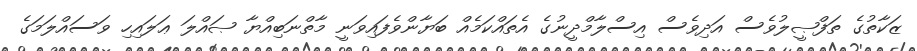
ޒަކާތުގެ ތަފްޞީލުވެސް އަދިވެސް އިސްލާމްދީނުގެ އެތައްކަމެއް ބަޔާންވެފައިވަނީ މާތްނަބިއްޔާ ޞައްލަ ޢަލައިހި ވަސައްލަމަގެ